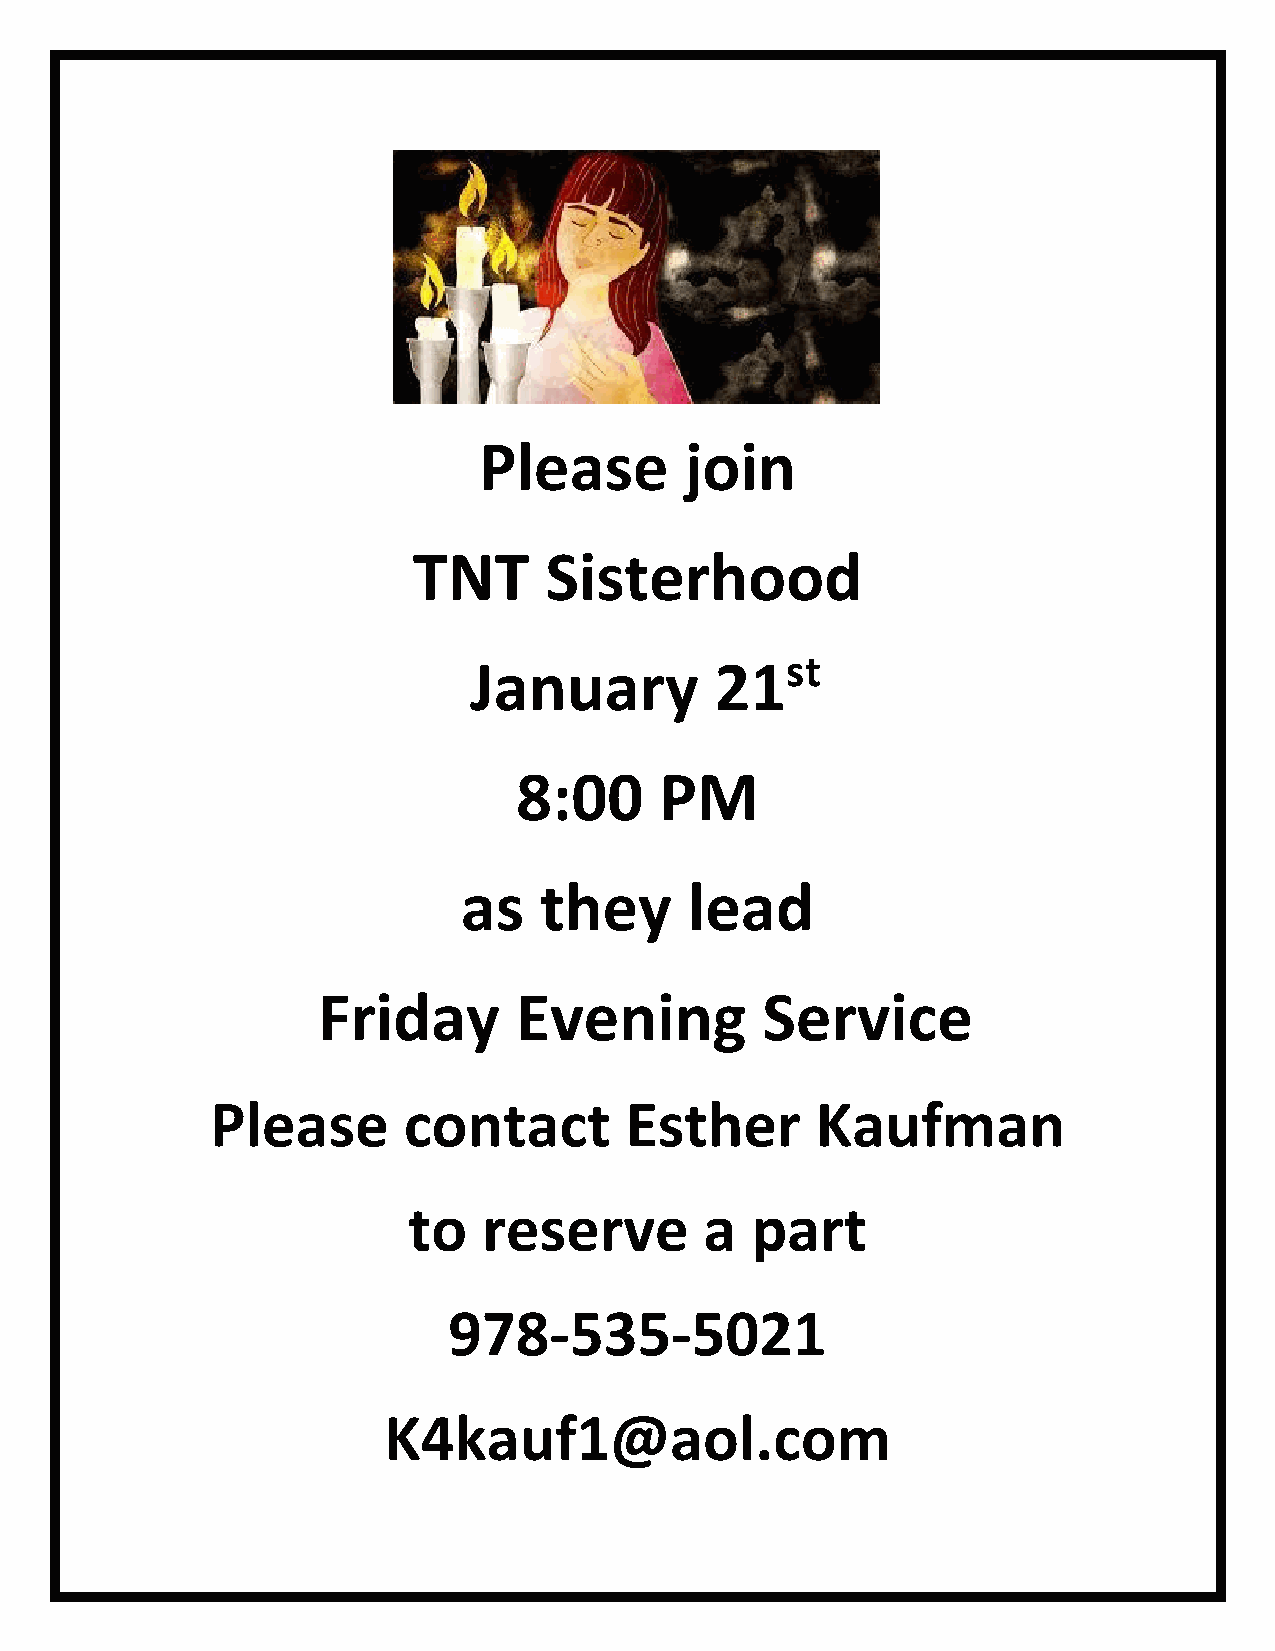
Please       join
 TNT      Sisterhood
 January         21st
 8:00      PM
 as   they      lead
 Friday       Evening         Service
 Please       contact       Esther       Kaufman
 to   reserve        a  part
 978-535-5021
 K4kauf1@aol.com